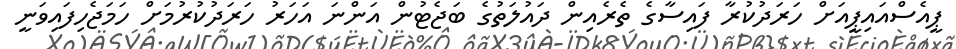
ޕީއެސްއައިޕީއަށް ހަރަދުކުރާ ފައިސާގެ ތެރެއިން ދައުލަތުގެ ބަޖެޓުން އަންނަ އަހަރު ހަރަދުކުރުމަށް ހަމަޖެހިފައިވަނީ